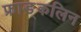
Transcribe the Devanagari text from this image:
फ्राङ्कलिन